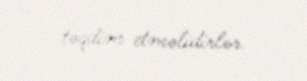
təqdim etməlidirlər.